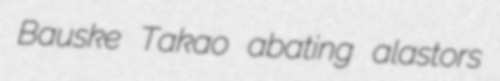
Bauske Takao abating alastors